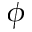
\phi